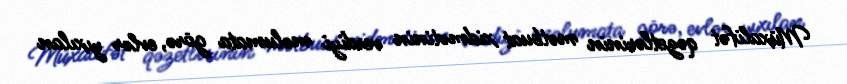
Müxalifət qəzetlərinin mətbuat xidmətinin verdiyi məlumata görə, evlər yıxılan